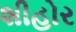
શીહોર